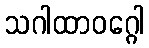
သဂါထာဝဂ္ဂေါ